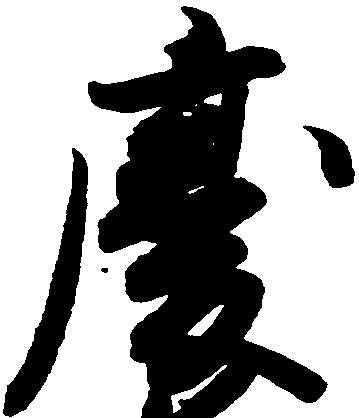
慶